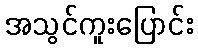
အသွင်ကူးပြောင်း